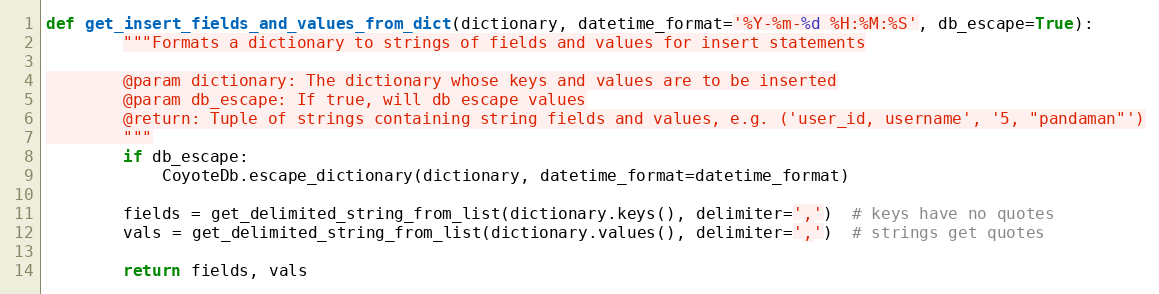
Language: Python
def get_insert_fields_and_values_from_dict(dictionary, datetime_format='%Y-%m-%d %H:%M:%S', db_escape=True):
        """Formats a dictionary to strings of fields and values for insert statements

        @param dictionary: The dictionary whose keys and values are to be inserted
        @param db_escape: If true, will db escape values
        @return: Tuple of strings containing string fields and values, e.g. ('user_id, username', '5, "pandaman"')
        """
        if db_escape:
            CoyoteDb.escape_dictionary(dictionary, datetime_format=datetime_format)

        fields = get_delimited_string_from_list(dictionary.keys(), delimiter=',')  # keys have no quotes
        vals = get_delimited_string_from_list(dictionary.values(), delimiter=',')  # strings get quotes

        return fields, vals